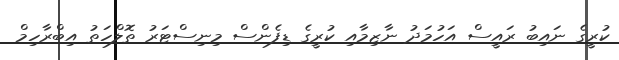
ކުރީގެ ނައިބު ރައީސް އަހުމަދު ނާޒިމާއި ކުރީގެ ޑިފެންސް މިނިސްޓަރު ތޮލްހަތު އިބްރާހިމް